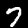
Label: 7